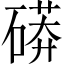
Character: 𥕊